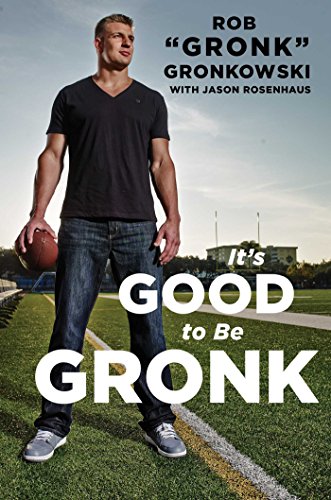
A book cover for It's Good to Be Gronk; Rob "Gronk" Gronkowski; Biographies & Memoirs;